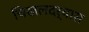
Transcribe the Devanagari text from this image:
चिखलदर्‍यास